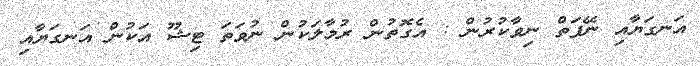
އަނގަޔާއި ނޭފަތް ނިވާކުރުން : އެގޮތުން ރުމާލަކުން ނުވަތަ ޓިޝޫ އަކުން އަނގަޔާއި